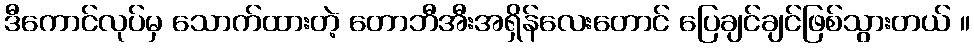
ဒီကောင်လုပ်မှ သောက်ထားတဲ့ တောဘီအီးအရှိန်လေးတောင် ပြေချင်ချင်ဖြစ်သွားတယ် ။